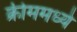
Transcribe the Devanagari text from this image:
क्रीममध्ये